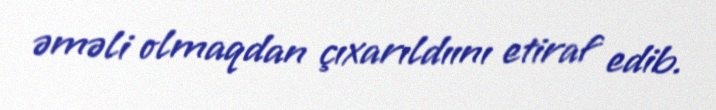
əməli olmaqdan çıxarıldıını etiraf edib.